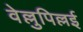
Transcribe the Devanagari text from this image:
वेल्लुपिल्लई